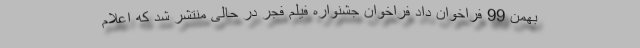
بهمن 99 فراخوان داد فراخوان جشنواره فیلم فجر در حالی منتشر شد که اعلام